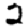
Digit: 2